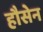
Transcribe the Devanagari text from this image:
हौसेन